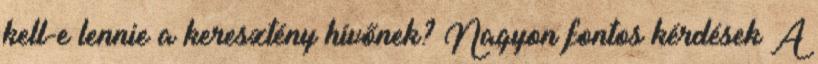
kell-e lennie a keresztény hívőnek? Nagyon fontos kérdések A